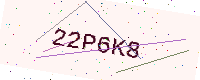
Text: 22P6K8